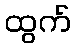
ထွက်